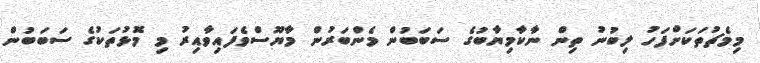
މިމެޗުތަކަށްފަހު ލިބުނު ތިން ނާކާމިޔާބުގެ ސަބަބުން މެންބަރުން މާޔޫސްވެފައިވާއިރު މި މޮޅުތަކުގެ ސަބަބުން